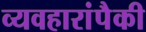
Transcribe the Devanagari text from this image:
व्यवहारांपैकी